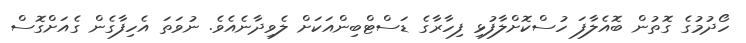
ހޯދުމުގެ ގޮތުން ބޮއެލާފަ ހުސްކޮށްލާފުޅި ފިހާރާގެ ޑަސްޓްބިންއަކަށް ލެވިދާނެއެވެ. ނުވަތަ އެހިފާގެން ގެއަށްގޮސް